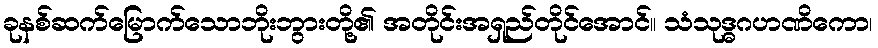
ခုနစ်ဆက်မြောက်သောဘိုးဘွားတို့၏ အတိုင်းအရှည်တိုင်အောင်။ သံသုဒ္ဓဂဟဏိကော၊